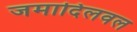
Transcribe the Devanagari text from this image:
जमादिलवल